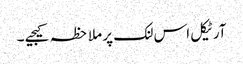
آرٹیکل اس لنک پر ملاحظہ کیجیے ۔